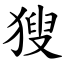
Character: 獀